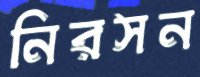
নিরসন